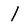
Character: 1